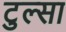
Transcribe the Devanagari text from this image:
टुल्‍सा